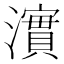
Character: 𤁂